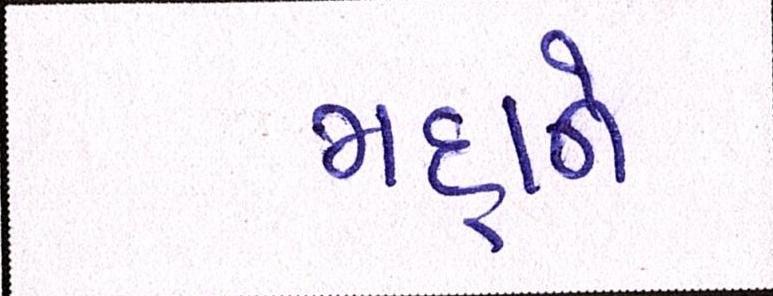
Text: મદ્દાને